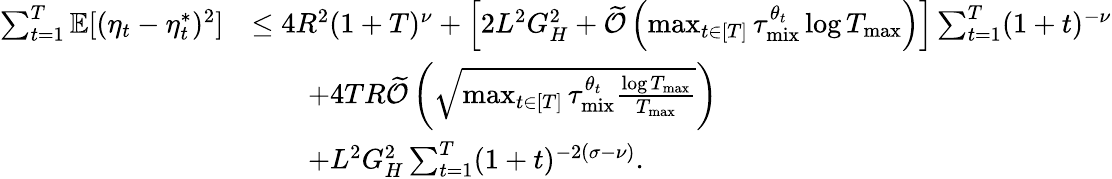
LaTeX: \begin{array}{rl}{\sum_{t=1}^{T}\mathbb{E}[(\eta_{t}-\eta_{t}^{*})^{2}]}&{\leq 4R^{2}(1+T)^{\nu}+\left[2L^{2}G_{H}^{2}+\widetilde{\mathcal{O}}\left(\operatorname*{max}_{t\in[T]}\tau_{\mathrm{mix}}^{\theta_{t}}\log T_{\operatorname*{max}}\right)\right]\sum_{t=1}^{T}(1+t)^{-\nu}}\\ &{\qquad+4TR\widetilde{\mathcal{O}}\left(\sqrt{\operatorname*{max}_{t\in[T]}\tau_{\mathrm{mix}}^{\theta_{t}}\frac{\log T_{\operatorname*{max}}}{T_{\operatorname*{max}}}}\right)}\\ &{\qquad+L^{2}G_{H}^{2}\sum_{t=1}^{T}(1+t)^{-2(\sigma-\nu)}.}\end{array}